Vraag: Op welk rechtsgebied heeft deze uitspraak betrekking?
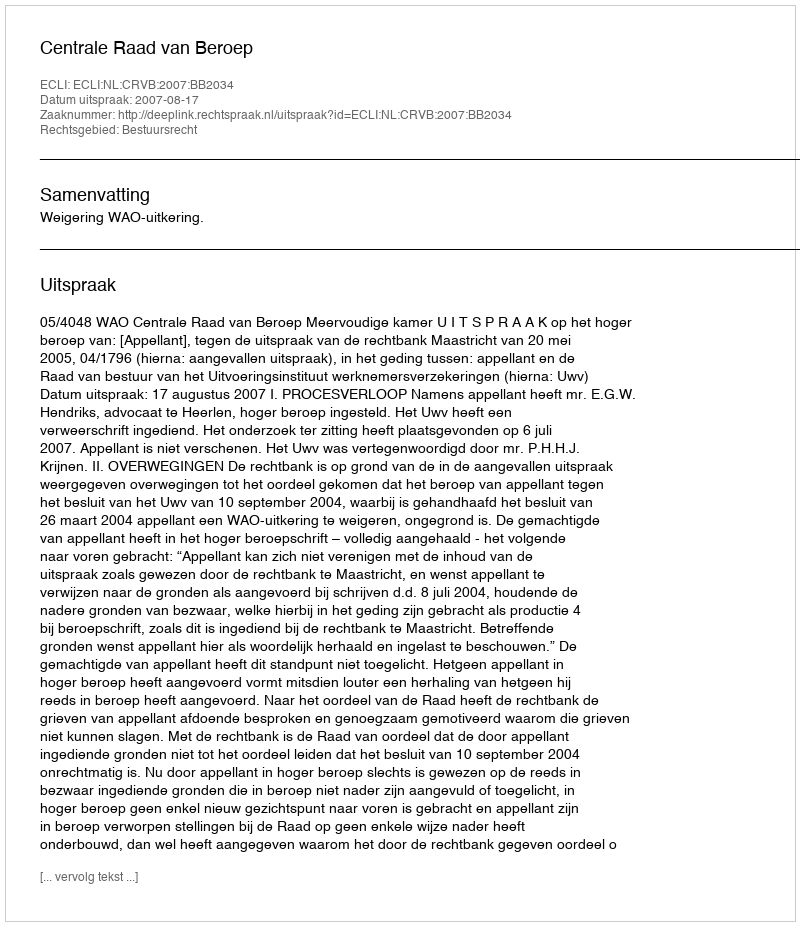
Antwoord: Bestuursrecht